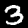
Digit: 3